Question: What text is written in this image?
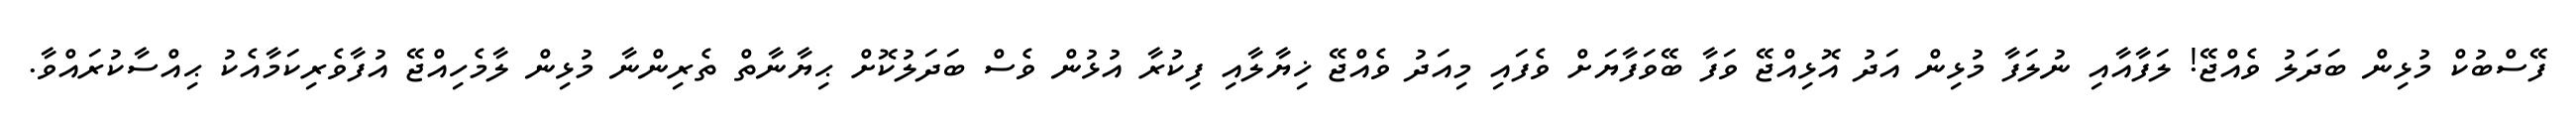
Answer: ފޭސްބުކް މުޅިން ބަދަލު ވެއްޖޭ! ލަފާއާއި ނުލަފާ މުޅިން އަދު އޮޅިއްޖޭ ވަފާ ބޭވަފާޔަށް ވެފައި މިއަދު ވެއްޖޭ ޚިޔާލާއި ފިކުރާ އުޅުން ވެސް ބަދަލުކޮށް ޙިޔާނާތް ތެރިންނާ މުޅިން ލާމެހިއްޖޭ އުފާވެރިކަމާއެކު ޙިއްސާކުރައްވާ.